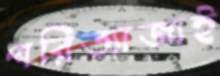
পরিত্যাজ্যই